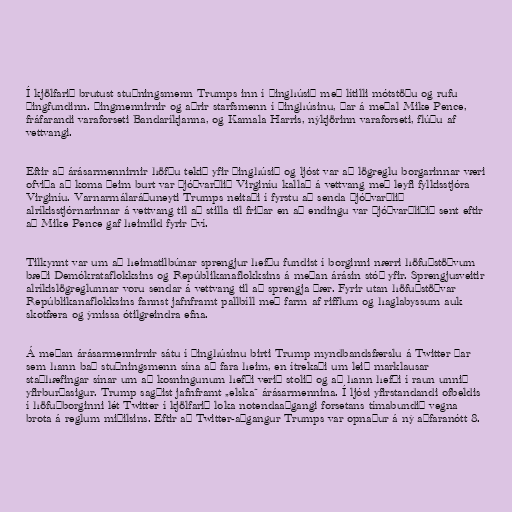
Í kjölfarið brutust stuðningsmenn Trumps inn í þinghúsið með lítilli mótstöðu og rufu
þingfundinn. Þingmennirnir og aðrir starfsmenn í þinghúsinu, þar á meðal Mike Pence,
fráfarandi varaforseti Bandaríkjanna, og Kamala Harris, nýkjörinn varaforseti, flúðu af
vettvangi.

Eftir að árásarmennirnir höfðu tekið yfir þinghúsið og ljóst var að lögreglu borgarinnar væri
ofviða að koma þeim burt var þjóðvarðlið Virginíu kallað á vettvang með leyfi fylkisstjóra
Virginíu. Varnarmálaráðuneyti Trumps neitaði í fyrstu að senda þjóðvarðlið
alríkisstjórnarinnar á vettvang til að stilla til friðar en að endingu var þjóðvarðliðið sent eftir
að Mike Pence gaf heimild fyrir því.

Tilkynnt var um að heimatilbúnar sprengjur hefðu fundist í borginni nærri höfuðstöðvum
bæði Demókrataflokksins og Repúblikanaflokksins á meðan árásin stóð yfir. Sprengjusveitir
alríkislögreglunnar voru sendar á vettvang til að sprengja þær. Fyrir utan höfuðstöðvar
Repúblikanaflokksins fannst jafnframt pallbíll með farm af riffl­um og hagla­byss­um auk
skot­færa og ýmissa ótil­greindra efna.

Á meðan árásarmennirnir sátu í þinghúsinu birti Trump myndbandsfærslu á Twitter þar
sem hann bað stuðningsmenn sína að fara heim, en ítrekaði um leið marklausar
staðhæfingar sínar um að kosningunum hefði verið stolið og að hann hefði í raun unnið
yfirburðasigur. Trump sagðist jafnframt „elska“ árásarmennina. Í ljósi yfirstandandi ofbeldis
í höfuðborginni lét Twitter í kjölfarið loka notendaaðgangi forsetans tímabundið vegna
brota á reglum miðilsins. Eftir að Twitter-aðgangur Trumps var opnaður á ný aðfaranótt 8.